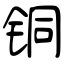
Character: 铜